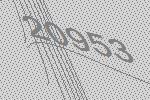
20953